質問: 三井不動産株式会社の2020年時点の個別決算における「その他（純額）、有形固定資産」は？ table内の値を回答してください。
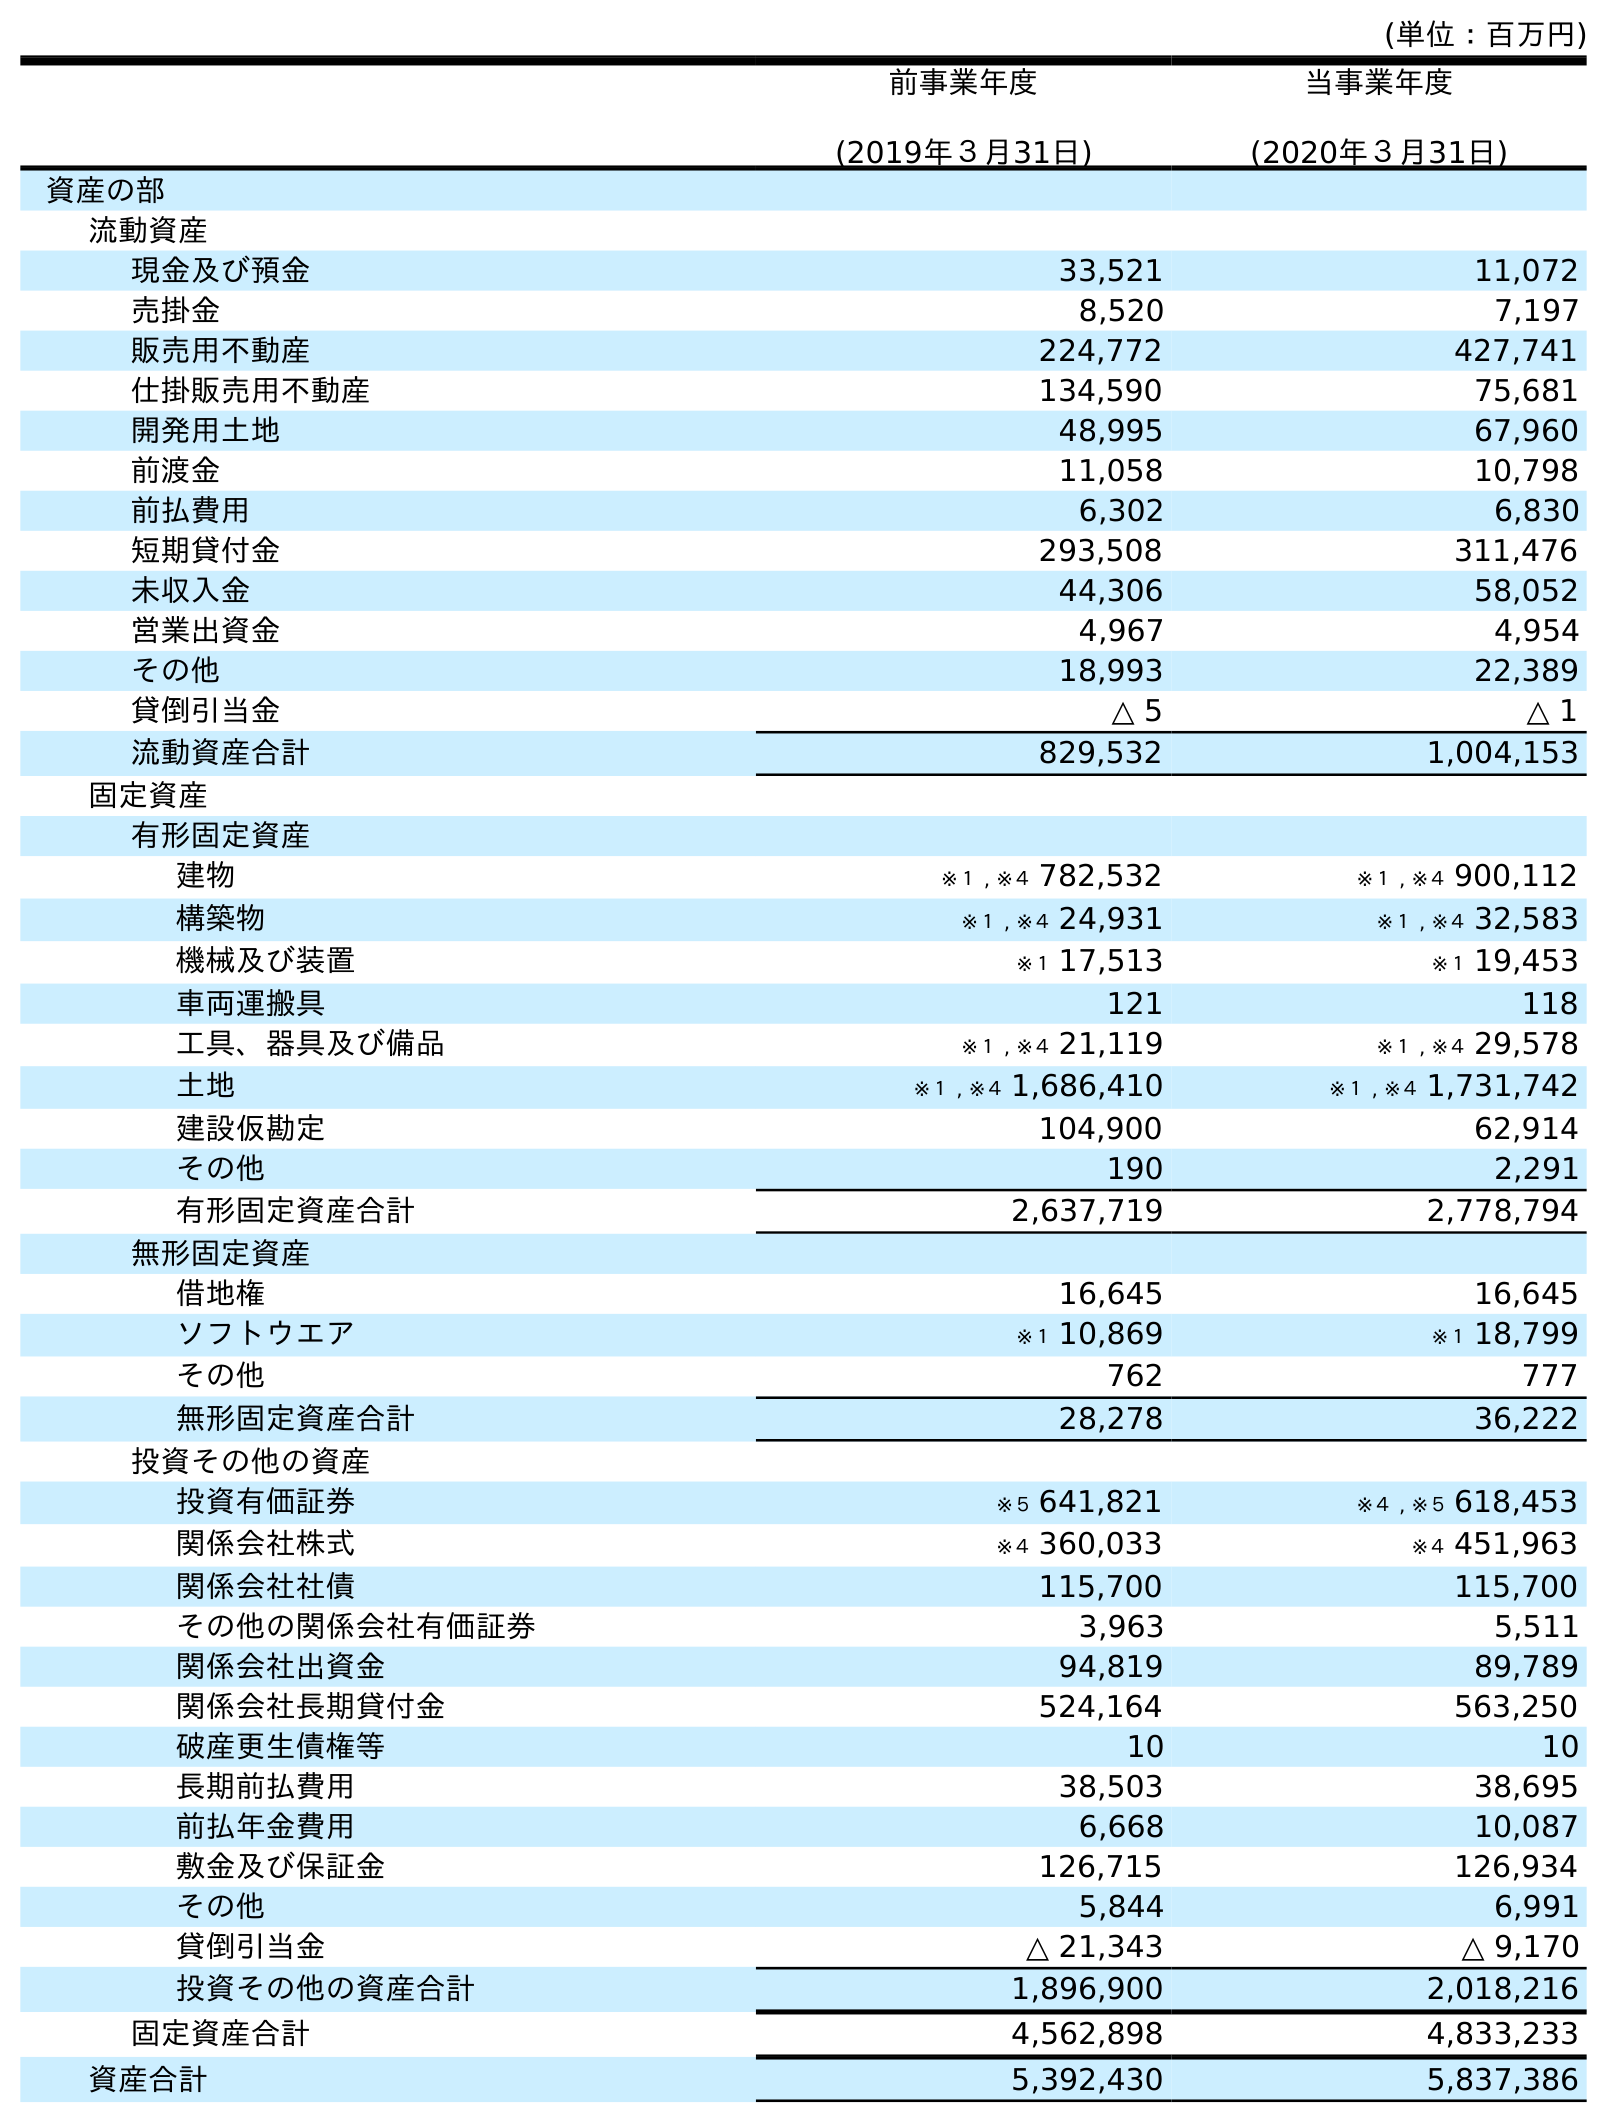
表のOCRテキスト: (単位：百万円) 前事業年度 (2019年３月31日) 当事業年度 (2020年３月31日) 資産の部 流動資産 現金及び預金 33,521 11,072 売掛金 8,520 7,197 販売用不動産 224,772 427,741 仕掛販売用不動産 134,590 75,681 開発用土地 48,995 67,960 前渡金 11,058 10,798 前払費用 6,302 6,830 短期貸付金 293,508 311,476 未収入金 44,306 58,052 営業出資金 4,967 4,954 その他 18,993 22,389 貸倒引当金 △ 5 △ 1 流動資産合計 829,532 1,004,153 固定資産 有形固定資産 建物 ※１ , ※４ 782,532 ※１ , ※４ 900,112 構築物 ※１ , ※４ 24,931 ※１ , ※４ 32,583 機械及び装置 ※１ 17,513 ※１ 19,453 車両運搬具 121 118 工具、器具及び備品 ※１ , ※４ 21,119 ※１ , ※４ 29,578 土地 ※１ , ※４ 1,686,410 ※１ , ※４ 1,731,742 建設仮勘定 104,900 62,914 その他 190 2,291 有形固定資産合計 2,637,719 2,778,794 無形固定資産 借地権 16,645 16,645 ソフトウエア ※１ 10,869 ※１ 18,799 その他 762 777 無形固定資産合計 28,278 36,222 投資その他の資産 投資有価証券 ※５ 641,821 ※４ , ※５ 618,453 関係会社株式 ※４ 360,033 ※４ 451,963 関係会社社債 115,700 115,700 その他の関係会社有価証券 3,963 5,511 関係会社出資金 94,819 89,789 関係会社長期貸付金 524,164 563,250 破産更生債権等 10 10 長期前払費用 38,503 38,695 前払年金費用 6,668 10,087 敷金及び保証金 126,715 126,934 その他 5,844 6,991 貸倒引当金 △ 21,343 △ 9,170 投資その他の資産合計 1,896,900 2,018,216 固定資産合計 4,562,898 4,833,233 資産合計 5,392,430 5,837,386
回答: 2,291